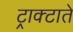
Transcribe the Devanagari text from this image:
ट्राक्टाते